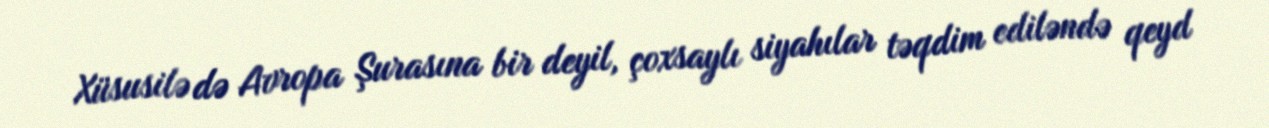
Xüsusilə də Avropa Şurasına bir deyil, çoxsaylı siyahılar təqdim ediləndə qeyd